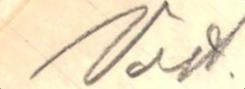
Vast.